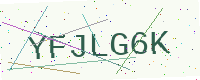
Text: YFJLG6K